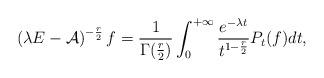
LaTeX: \begin{align*}\left(\lambda E-\mathcal{A} \right)^{-\frac{r}{2}} f = \frac{1}{\Gamma(\frac{r}{2})} \int_0^{+\infty} \dfrac{e^{-\lambda t}}{t^{1-\frac{r}{2}}} P_t(f) dt,\end{align*}